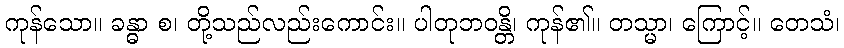
ကုန်သော။ ခန္ဓာ စ၊ တို့သည်လည်းကောင်း။ ပါတုဘဝန္တိ၊ ကုန်၏။ တသ္မာ၊ ကြောင့်။ တေသံ၊